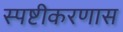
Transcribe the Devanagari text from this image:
स्पष्टीकरणास